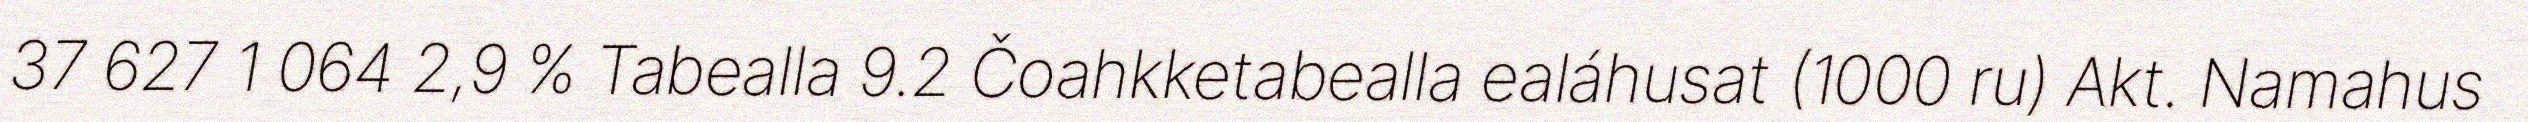
37 627 1 064 2,9 % Tabealla 9.2 Čoahkketabealla ealáhusat (1000 ru) Akt. Namahus